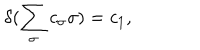
\delta ( \sum _ { \sigma } c _ { \sigma } \sigma ) = c _ { 1 } ,